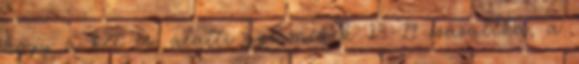
hogy a két év alatti gyermekek 13-19 százaléka, a